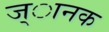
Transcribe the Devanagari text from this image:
ज्ानक